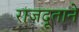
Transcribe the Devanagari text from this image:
राजदूताने